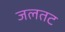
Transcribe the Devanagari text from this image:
जलतट